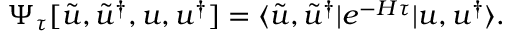
\Psi _ { \tau } [ \tilde { u } , \tilde { u } ^ { \dagger } , u , u ^ { \dagger } ] = \langle \tilde { u } , \tilde { u } ^ { \dagger } | e ^ { - H \tau } | u , u ^ { \dagger } \rangle .